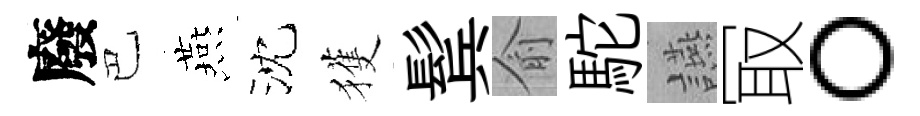
廢巴燕沈獲鬂俞駝讌冣。